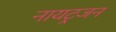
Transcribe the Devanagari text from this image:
नायट्रजन